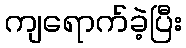
ကျရောက်ခဲ့ပြီး